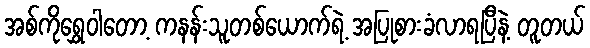
အစ်ကိုရွှေဝါတော့ ကနန်းသူတစ်ယောက်ရဲ့ အပြုစားခံလာရပြီနဲ့ တူတယ်